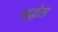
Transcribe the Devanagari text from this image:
श्रद्धेस